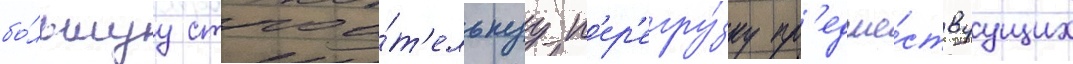
бо́льшуу строи́т'ельнуу п'ер'егру́зку пр'едше́ствуущих